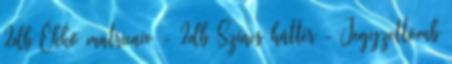
2db Ékkő matricaív - 2db Színes háttér - Jegyzettömb